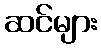
ဆင်များ